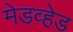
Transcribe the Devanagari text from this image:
मेडव्हेड